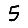
Digit: 5